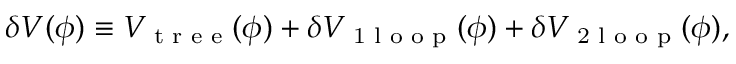
\delta V ( \phi ) \equiv V _ { \textrm { t r e e } } ( \phi ) + \delta V _ { \textrm { 1 l o o p } } ( \phi ) + \delta V _ { \textrm { 2 l o o p } } ( \phi ) ,